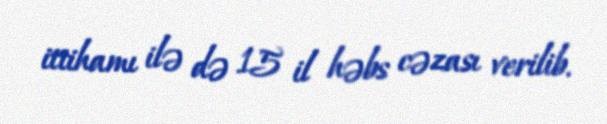
ittihamı ilə də 15 il həbs cəzası verilib.